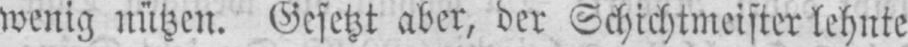
wenig nützen. Gesetzt aber, der Schichtmeister lehnte